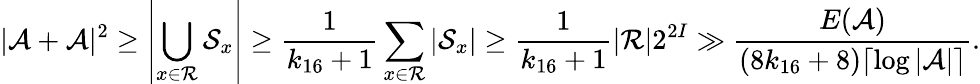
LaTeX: |\mathcal{A}+\mathcal{A}|^{2}\geq\left|\bigcup_{x\in\mathcal{R}}\mathcal{S}_{x}\right|\geq\frac{1}{k_{16}+1}\sum_{x\in\mathcal{R}}\left|\mathcal{S}_{x}\right|\geq\frac{1}{k_{16}+1}|\mathcal{R}|2^{2I}\gg\frac{E(\mathcal{A})}{(8k_{16}+8)\lceil\log|\mathcal{A}|\rceil}.